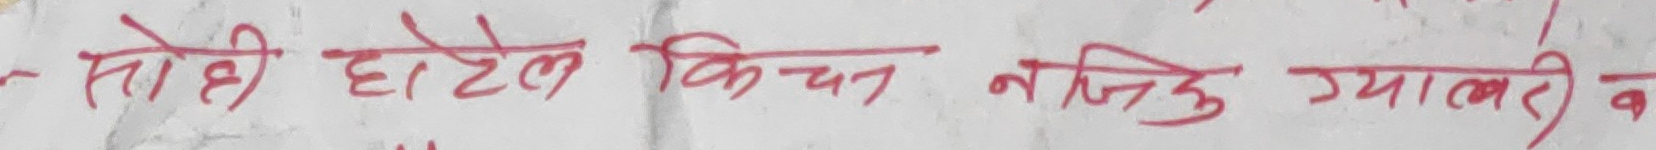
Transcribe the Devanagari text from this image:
सोही होटल किचन नजिकु ग्यालरी व